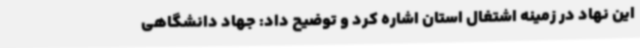
این نهاد در زمینه اشتغال استان اشاره کرد و توضیح داد: جهاد دانشگاهی